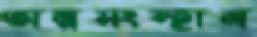
অন্নসংস্হান